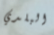
البلدي